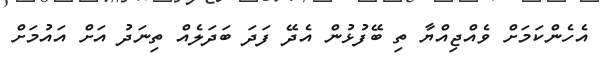
އެހެންކަމަށް ވެއްޖިއްޔާ ތި ބޭފުޅުން އެދޭ ފަދަ ބަދަލެއް ތިނަދު އަށް އައުމަށް